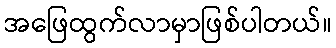
အဖြေထွက်လာမှာဖြစ်ပါတယ်။